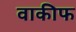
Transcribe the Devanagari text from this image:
वाकीफ